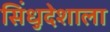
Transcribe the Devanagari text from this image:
सिंधुदेशाला